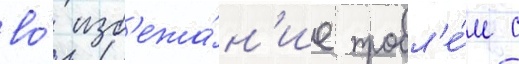
во́ изб'ежа́н'ие пробл'е́м с